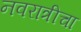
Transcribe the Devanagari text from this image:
नवरात्रीचा